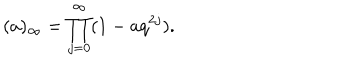
( a ) _ { \infty } = \prod _ { j = 0 } ^ { \infty } ( 1 - a q ^ { 2 j } ) .